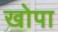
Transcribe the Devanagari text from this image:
खोपा